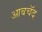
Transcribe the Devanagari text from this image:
आबचॅद